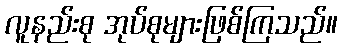
လူနည်းစု အုပ်စုများဖြစ်ကြသည်။